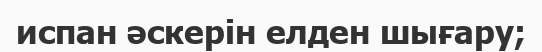
испан әскерін елден шығару;